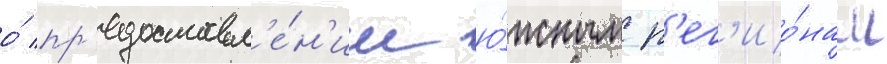
о́ пр'едоставл'е́н'ии ю́жным р'ег'ио́нам